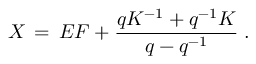
X \, = \, E F + \frac { q K ^ { - 1 } + q ^ { - 1 } K } { q - q ^ { - 1 } } \; .